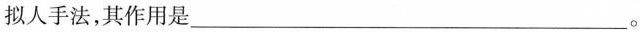
拟人手法，其作用是___。